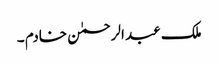
ملک عبد الرحمٰن خادم ۔